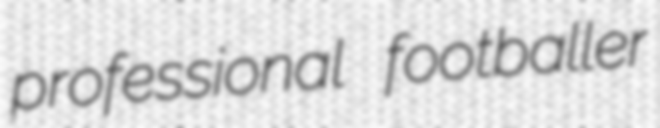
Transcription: professional footballer